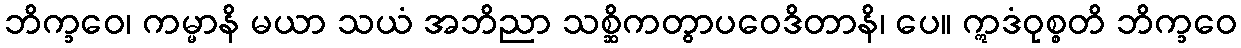
ဘိက္ခဝေ၊ ကမ္မာနိ မယာ သယံ အဘိညာ သစ္ဆိကတွာပဝေဒိတာနိ၊ ပေ။ ဣဒံဝုစ္စတိ ဘိက္ခဝေ